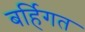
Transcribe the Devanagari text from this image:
बर्हिगत